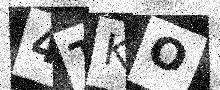
Text: 4TKO